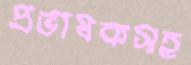
প্রভাষকসহ